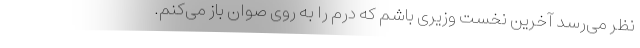
نظر می‌رسد آخرین نخست وزیری باشم که درم را به روی صوان باز می‌کنم.